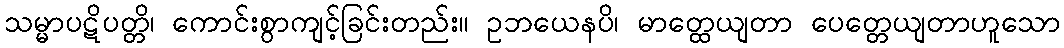
သမ္မာပဋိပတ္တိ၊ ကောင်းစွာကျင့်ခြင်းတည်း။ ဥဘယေနပိ၊ မာတ္ထေယျတာ ပေတ္တေယျတာဟူသော